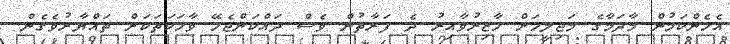
އެހެންކަމުން މާދަމާގެ މަޖިލީހަށް ހާޒިރުވާއިރު ދެ ފަރާތުން ވެސް ދައްކަންޖެހޭ ވާހަކަތަކަށް ތައްޔާރުވެގެން